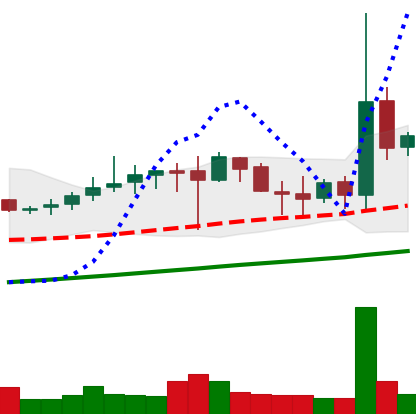
Ticker: DOGE-USD
Chart end date: 2019-07-07
Forward return: -8.065%
Label: down_7plus